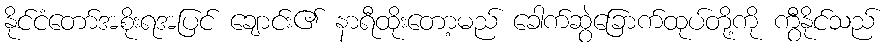
နိုင်ငံတော်အစိုးရအပြင် ချောင်း၏ နာရီထိုးတော့မည် ခေါက်ဆွဲခြောက်ထုပ်တို့ကို ကွီနိုင်သည်